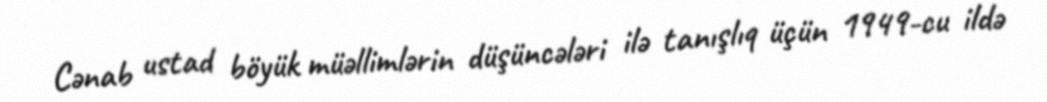
Cənab ustad böyük müəllimlərin düşüncələri ilə tanışlıq üçün 1949-cu ildə